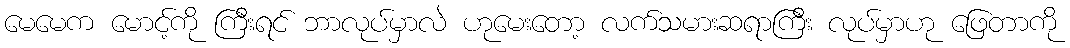
မေမေက မောင့်ကို ကြီးရင် ဘာလုပ်မှာလဲ ဟုမေးတော့ လက်သမားဆရာကြီး လုပ်မှာဟု ဖြေတာကို